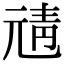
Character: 𩇖